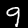
Digit: 9